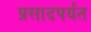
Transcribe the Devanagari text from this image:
प्रसादपर्यंत